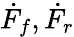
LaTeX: \dot{F}_{f},\dot{F}_{r}